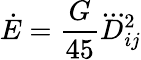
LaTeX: \dot{E}=\frac{G}{45}\dddot{D}_{ij}^{2}